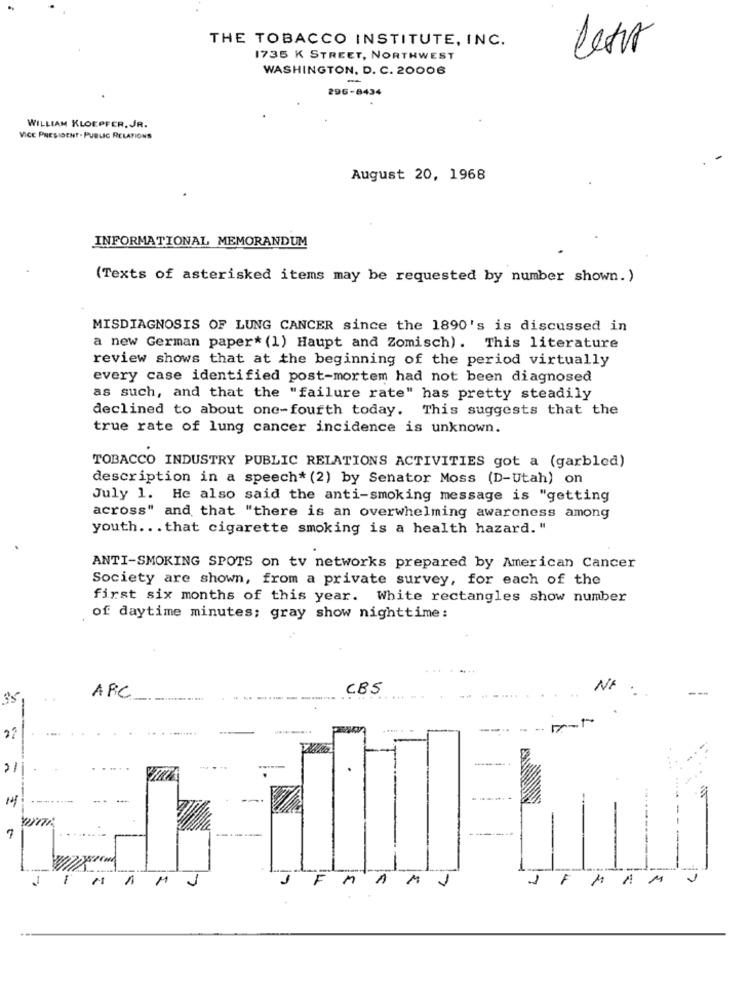
THE TOBACCO INSTITUTE, INC.
lesor
1735 K STREET, NORTHWEST
WASHINGTON, D. C. 20006
296-8434
WILLIAM KLOEPFER. JR.
VICE PRESIDENT . PUBLIC RELATIONS
August 20, 1968
INFORMATIONAL MEMORANDUM
(Texts of asterisked items may be requested by number shown. )
MISDIAGNOSIS OF LUNG CANCER since the 1890's is discussed in
a new German paper* (1) Haupt and Zomisch). This literature
review shows that at the beginning of the period virtually
every case identified post-mortem had not been diagnosed
as such, and that the "failure rate" has pretty steadily
declined to about one-fourth today. This suggests that the
true rate of lung cancer incidence is unknown.
TOBACCO INDUSTRY PUBLIC RELATIONS ACTIVITIES got a (garbled)
description in a speech* (2) by Senator Moss (D-Utah) on
July 1. He also said the anti-smoking message is "getting
across" and that "there is an overwhelming awareness among
youth ... that cigarette smoking is a health hazard. "
ANTI-SMOKING SPOTS on tv networks prepared by American Cancer
Society are shown, from a private survey, for each of the
first six months of this year. White rectangles show number
of daytime minutes; gray show nighttime:
CBS
35
ARC
....--...
.. .
14
----
-
MAMJ
F MAMJ
JFMAMJ